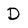
Character: D